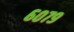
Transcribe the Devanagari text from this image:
६०७९